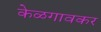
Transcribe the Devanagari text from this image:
केळगावकर